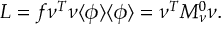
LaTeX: L = f \nu ^ { T } \nu \langle \phi \rangle \langle \phi \rangle = \nu ^ { T } M _ { \nu } ^ { 0 } \nu .